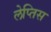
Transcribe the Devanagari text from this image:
लेप्तिस